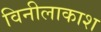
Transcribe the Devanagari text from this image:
विनीलाकाश